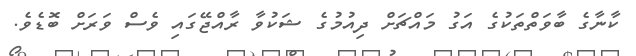
ކާނާގެ ބާވަތްތަކުގެ އަގު މައްޗަށް ދިއުމުގެ ޝަކުވާ ރާއްޖޭގައި ވެސް ވަރަށް ބޮޑެވެ.